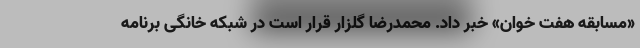
«مسابقه هفت خوان» خبر داد. محمدرضا گلزار قرار است در شبکه خانگی برنامه